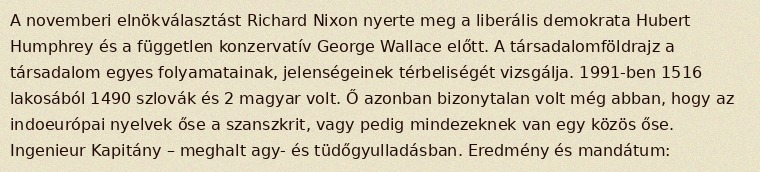
A novemberi elnökválasztást Richard Nixon nyerte meg a liberális demokrata Hubert Humphrey és a független konzervatív George Wallace előtt. A társadalomföldrajz a társadalom egyes folyamatainak, jelenségeinek térbeliségét vizsgálja. 1991-ben 1516 lakosából 1490 szlovák és 2 magyar volt. Ő azonban bizonytalan volt még abban, hogy az indoeurópai nyelvek őse a szanszkrit, vagy pedig mindezeknek van egy közös őse. Ingenieur Kapitány – meghalt agy- és tüdőgyulladásban. Eredmény és mandátum: